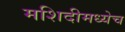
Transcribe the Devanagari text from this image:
मशिदीमध्येच